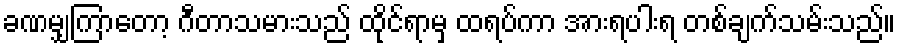
ခဏမျှကြာတော့ ဂီတာသမားသည် ထိုင်ရာမှ ထရပ်ကာ အားရပါးရ တစ်ချက်သမ်းသည်။